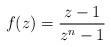
LaTeX: \begin{align*}f(z) = \frac{z-1}{z^n-1}\end{align*}